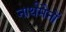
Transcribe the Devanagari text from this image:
नार्थमैनों